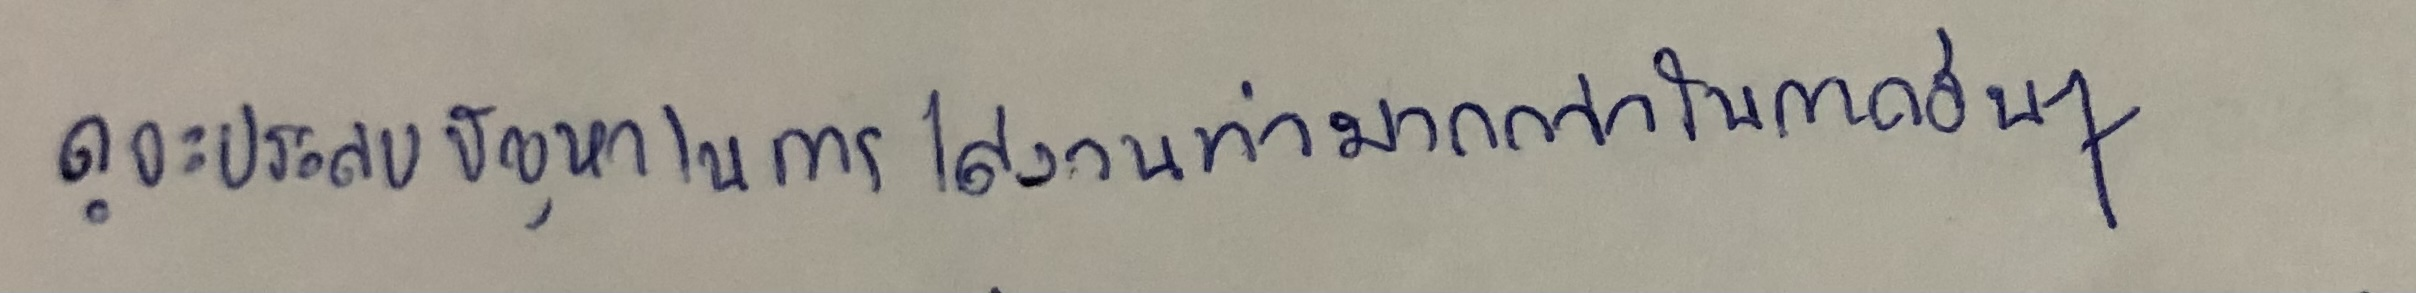
ดูจะประสบปัญหาในการได้งานทำมากกว่าในภาคอื่นๆ